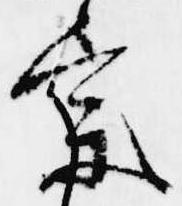
宗